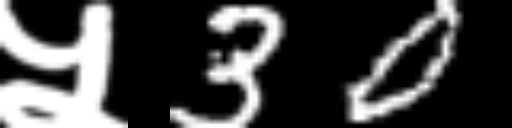
Text: ५30